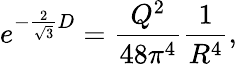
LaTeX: e^{-{\frac{2}{\sqrt 3}}D}={\frac{Q^{2}}{48\pi^{4}}}{\frac{1}{R^{4}}},